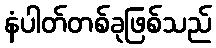
နံပါတ်တစ်ခုဖြစ်သည်